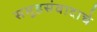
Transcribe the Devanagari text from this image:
समूहसंवादाचे